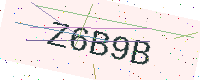
Text: Z6B9B